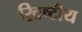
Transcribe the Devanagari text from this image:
ख्रिष्टीय